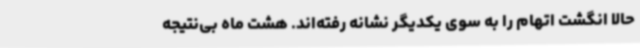
حالا انگشت اتهام را به سوی یکدیگر نشانه رفته‌اند. هشت ماه بی‌نتیجه